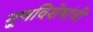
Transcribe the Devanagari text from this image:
गु्णविशेषांची